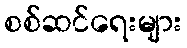
စစ်ဆင်ရေးများ